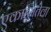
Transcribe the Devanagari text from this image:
एकात्मतेला